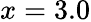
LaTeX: x=3.0